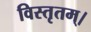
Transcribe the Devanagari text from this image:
विस्तृतम्।